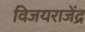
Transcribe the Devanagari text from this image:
विजयराजेंद्र